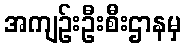
အကျဉ်းဦးစီးဌာနမှ